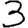
Digit: 3